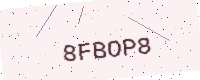
Text: 8FBOP8